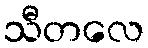
သီတလေ